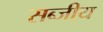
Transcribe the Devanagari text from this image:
सब्जीय